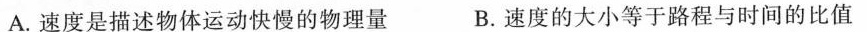
A.速度是描述物体运动快慢的物理量 B.速度的大小等于路程与时间的比值